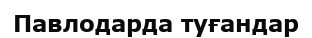
Павлодарда туғандар